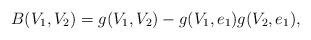
LaTeX: \begin{align*}B(V_1,V_2)=g(V_1,V_2)-g(V_1,e_1)g(V_2,e_1),\end{align*}